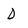
Character: D